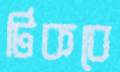
টিকবে